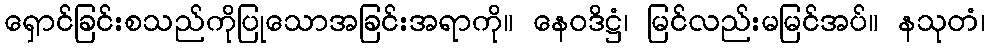
ရှောင်ခြင်းစသည်ကိုပြုသောအခြင်းအရာကို။ နေဝဒိဋ္ဌံ၊ မြင်လည်းမမြင်အပ်။ နသုတံ၊